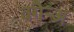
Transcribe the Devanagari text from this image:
वगैर्‍अ